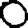
Digit: 0